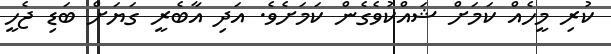
ކުރި މީހެއް ކަމަށް ޝައްކުވެގެން ކަމަށެވެ. އަދި އާބެރީ ގަޔަށް ބަޑި ޖެހީ